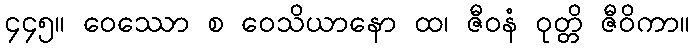
၄၄၅။ ဝေဿော စ ဝေသိယာနော ထ၊ ဇီဝနံ ဝုတ္တိ ဇီဝိကာ။